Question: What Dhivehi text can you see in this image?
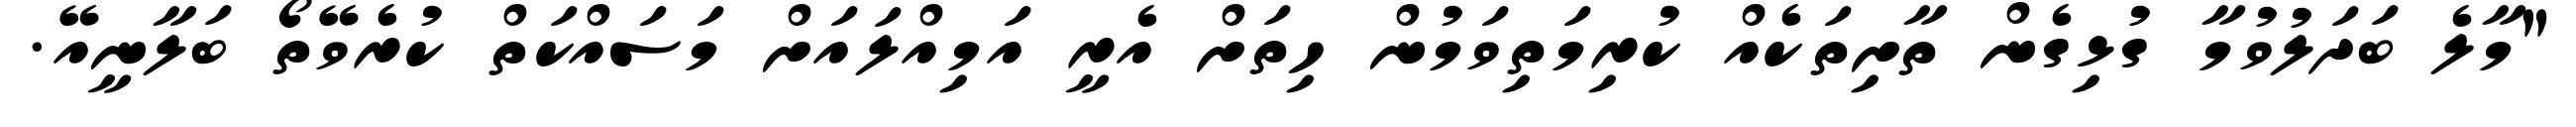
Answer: "މާލެ ބަދަލުވުމާ ގުޅިގެން ތާށިތަކެއް ކުރިމަތިވަމުން ހިތަށް އެރީ އަމިއްލައަށް މަސައްކަތް ކުރެވޭތޯ ބަލާނީއޭ.